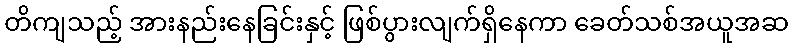
တိကျသည့် အားနည်းနေခြင်းနှင့် ဖြစ်ပွားလျက်ရှိနေကာ ခေတ်သစ်အယူအဆ